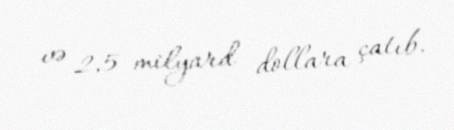
və 2,5 milyard dollara çatıb.